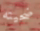
ضحيته